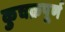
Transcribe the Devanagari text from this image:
कुचक्रपूर्ण